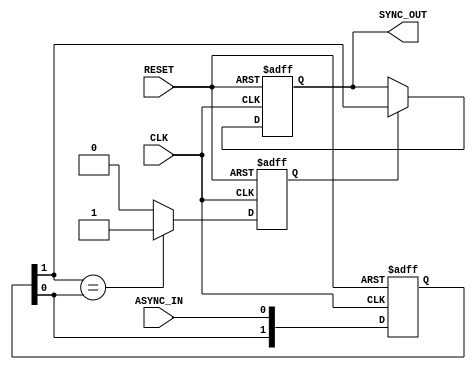
module async_to_sync_converter (
    input wire ASYNC_IN,        // Asynchronous input signal
    input wire CLK,             // Synchronous clock signal
    input wire RESET,           // Asynchronous reset signal
    output reg SYNC_OUT         // Synchronized output signal
);

    // Internal signals for flip-flop stages
    reg [1:0] sync_ff;          // Two flip-flops for synchronization
    reg stable_signal;          // Signal to indicate stability

    // Flip-flop chain for synchronization
    always @(posedge CLK or posedge RESET) begin
        if (RESET) begin
            sync_ff <= 2'b00;   // Reset the flip-flops
        end else begin
            sync_ff[0] <= ASYNC_IN; // Sample ASYNC_IN
            sync_ff[1] <= sync_ff[0]; // Second stage flip-flop
        end
    end

    // Stability detection logic
    always @(posedge CLK or posedge RESET) begin
        if (RESET) begin
            stable_signal <= 1'b0; // Reset stable signal
            SYNC_OUT <= 1'b0;      // Reset output
        end else begin
            // Check if the output of the second flip-flop is stable
            if (sync_ff[1] == sync_ff[0]) begin
                stable_signal <= 1'b1; // Signal is stable
            end else begin
                stable_signal <= 1'b0; // Signal is not stable
            end
            
            // Output the synchronized signal if stable
            if (stable_signal) begin
                SYNC_OUT <= sync_ff[1];
            end
        end
    end

endmodule